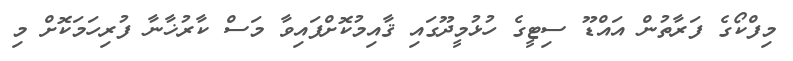
މިފްކޯގެ ފަރާތުން އައްޑޫ ސިޓީގެ ހުޅުމީދޫގައި ޤާއިމުކޮށްފައިވާ މަސް ކާރުޚާނާ ފުރިހަމަކޮށް މި